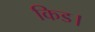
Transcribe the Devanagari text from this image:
किड।